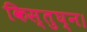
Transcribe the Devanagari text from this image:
किस्तुघ्न।